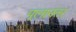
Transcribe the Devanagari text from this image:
पूलानंतर